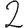
Digit: 2